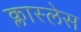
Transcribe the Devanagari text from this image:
क्लास्लेस